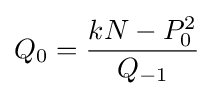
Q_{0}={\frac {kN-P_{0}^{2}}{Q_{-1}}}